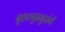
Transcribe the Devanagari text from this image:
बृहतबुदबुदांनी